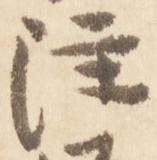
注